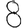
Digit: 8